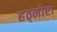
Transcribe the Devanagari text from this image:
हठ्नोरा